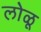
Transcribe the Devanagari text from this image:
लोळू